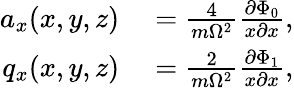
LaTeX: \begin{array}{rl}{a_{x}(x,y,z)}&{{}=\frac{4}{m\Omega^{2}}\frac{\partial\Phi_{0}}{x\partial x},}\\ {q_{x}(x,y,z)}&{{}=\frac{2}{m\Omega^{2}}\frac{\partial\Phi_{1}}{x\partial x},}\end{array}